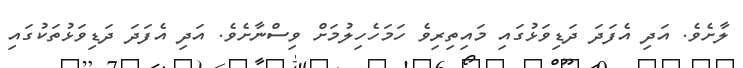
ލާށެވެ. އަދި އެފަދަ ދަޑިވަޅުގައި މައިތިރިވެ ހަމަހެހިލުމަށް ވިސްނާށެވެ. އަދި އެފަދަ ދަޑިވަޅުތަކުގައި